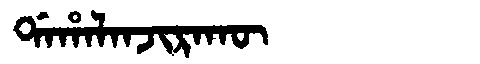
Manchu: ᡩᠠᡥᠠᠯᠠᠨᠵᡳᡵᠠᡴᡡ
Romanization: DAHALANJIRAKŪ